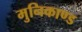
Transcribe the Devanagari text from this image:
मुनिकाण्ड